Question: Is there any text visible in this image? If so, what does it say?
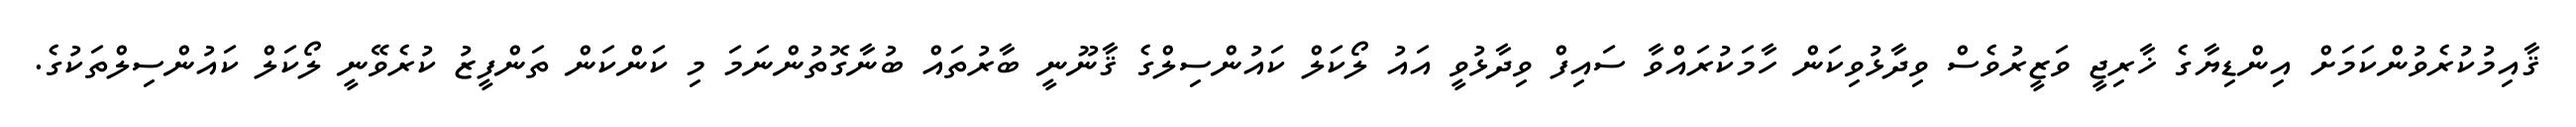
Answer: ޤާއިމުކުރެވުންކަމަށް އިންޑިޔާގެ ޚާރިޖީ ވަޒީރުވެސް ވިދާޅުވިކަން ހާމަކުރައްވާ ސައިފް ވިދާޅުވީ އައު ލޯކަލް ކައުންސިލްގެ ޤާނޫނީ ބާރުތައް ބުނާގޮތުންނަމަ މި ކަންކަން ތަންފީޒު ކުރެވޭނީ ލޯކަލް ކައުންސިލްތަކުގެ.